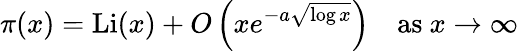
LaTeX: \pi(x)=\operatorname{Li}(x)+O\left(xe^{-a{\sqrt{\log x}}}\right)\quad{\mathrm{as~}}x\to\infty